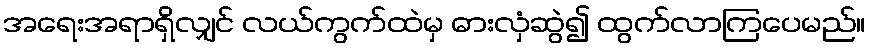
အရေးအရာရှိလျှင် လယ်ကွက်ထဲမှ ဓားလှံဆွဲ၍ ထွက်လာကြပေမည်။